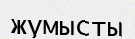
жүмысты